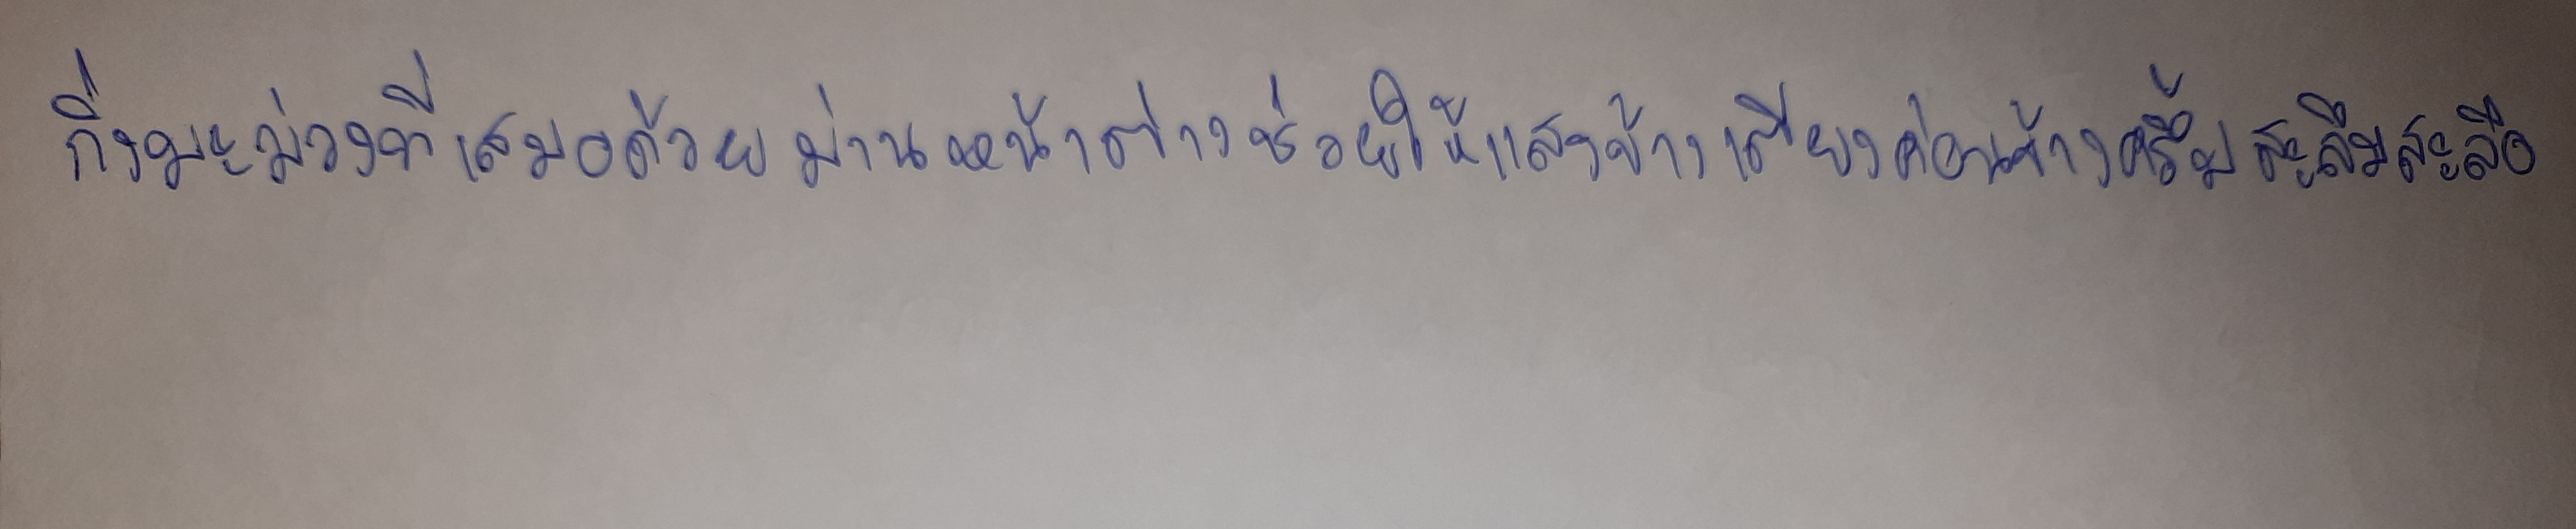
กิ่งมะม่วงที่เสมอด้วยม่านหน้าต่างช่วยให้แสงข้างเตียงค่อนข้างครึ้มสะลึมสะลือ